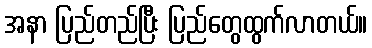
အနာ ပြည်တည်ပြီး ပြည်တွေထွက်လာတယ်။